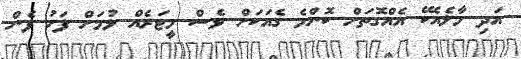
އަދި މާލެއެކޭ އެއްގޮތަށް ކޮންމެ ގެއަކަށް ވެސް މީޓަރެއް ލުމަށް ފަހު ފެން